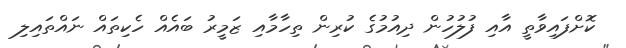
ކޮށްފައިވާތީ އާއި ފުލުހުން ދިއުމުގެ ކުރިން ތިހާމާއި ޒަމީރު ބައެއް ހެކިތައް ނައްތައިލި